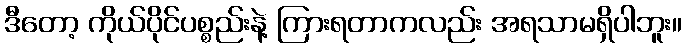
ဒီတော့ ကိုယ်ပိုင်ပစ္စည်းနဲ့ ကြားရတာကလည်း အရသာမရှိပါဘူး။